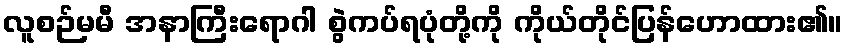
လူစဉ်မမီ အနာကြီးရောဂါ စွဲကပ်ရပုံတို့ကို ကိုယ်တိုင်ပြန်ဟောထား၏။